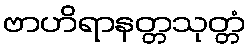
ဗာဟိရာနတ္တသုတ္တံ